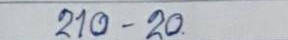
210 - 20